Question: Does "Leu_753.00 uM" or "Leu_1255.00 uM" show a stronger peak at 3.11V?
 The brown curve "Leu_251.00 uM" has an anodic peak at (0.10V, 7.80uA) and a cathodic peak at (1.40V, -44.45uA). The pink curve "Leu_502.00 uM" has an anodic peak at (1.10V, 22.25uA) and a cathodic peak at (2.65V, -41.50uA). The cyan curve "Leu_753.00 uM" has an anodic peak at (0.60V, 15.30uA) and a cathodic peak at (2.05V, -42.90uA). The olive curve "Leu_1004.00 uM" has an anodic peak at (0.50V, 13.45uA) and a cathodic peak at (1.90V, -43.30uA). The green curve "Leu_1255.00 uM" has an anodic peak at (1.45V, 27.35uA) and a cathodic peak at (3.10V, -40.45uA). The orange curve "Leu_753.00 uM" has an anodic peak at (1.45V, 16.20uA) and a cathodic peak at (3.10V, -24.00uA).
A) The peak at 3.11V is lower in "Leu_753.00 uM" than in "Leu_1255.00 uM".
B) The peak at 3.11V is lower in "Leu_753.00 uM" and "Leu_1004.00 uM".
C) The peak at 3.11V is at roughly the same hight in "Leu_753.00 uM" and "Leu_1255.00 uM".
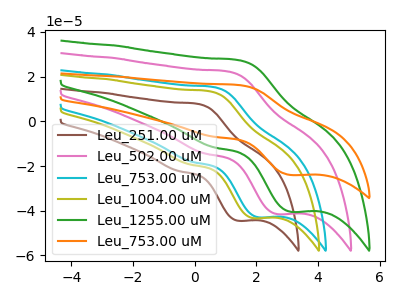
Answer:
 <answer>A) The peak at 3.11V is lower in "Leu_753.00 uM" than in "Leu_1255.00 uM".</answer>
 <eval>A</eval>